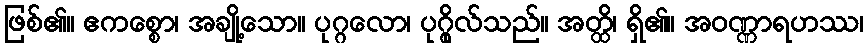
ဖြစ်၏။ ဧကစ္စော၊ အချို့သော။ ပုဂ္ဂလော၊ ပုဂ္ဂိုလ်သည်။ အတ္ထိ၊ ရှိ၏။ အဝဏ္ဏာရဟဿ၊